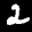
Label: 2